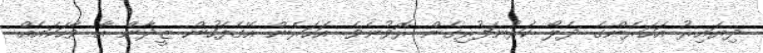
ދިޔައިރު އަހަރެންގެ ދެލޯ ކަރުނަފުރިގެން ރޮވުނެވެ. އަހަރެން އޭގެފަހުން ޒީދާން އާ ވާހަކައެއް